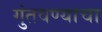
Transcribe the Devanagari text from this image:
गुंतवण्याचा